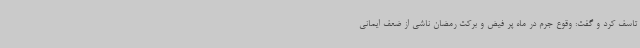
تاسف کرد و گفت: وقوع جرم در ماه پر فیض و برکت رمضان ناشی از ضعف ایمانی